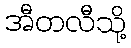
အီတလီသို့